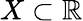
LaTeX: X\subset\mathbb{R}